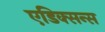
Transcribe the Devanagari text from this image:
एडिक्सन्स